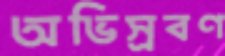
অভিস্রবণ